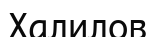
Халилов